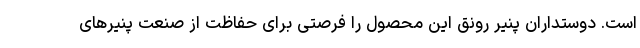
است. دوستداران پنیر رونق این محصول را فرصتی برای حفاظت از صنعت پنیرهای